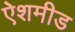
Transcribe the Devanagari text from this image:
ऐशमीड